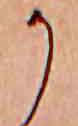
か